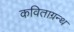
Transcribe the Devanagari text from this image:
कविताग्रन्थ